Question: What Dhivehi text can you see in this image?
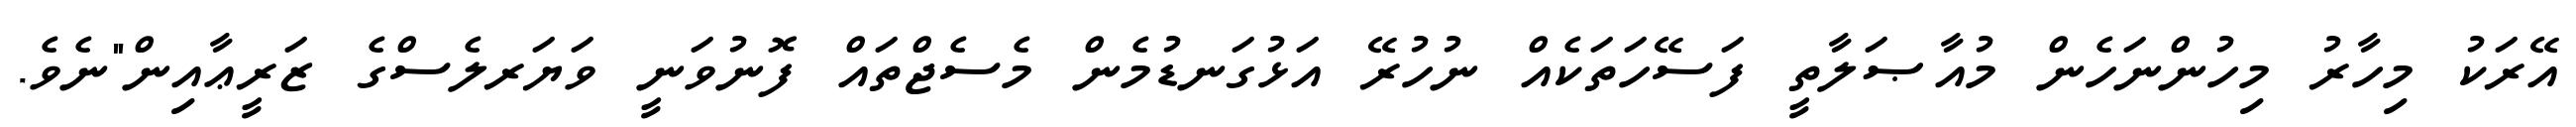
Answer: އޭރަކު މިހާރު މިހުންނަހެން މުއާޞަލާތީ ފަސޭހަތަކެއް ނުހުރޭ އަޅުގަނޑުމެން މެސެޖްތައް ފޮނުވަނީ ވަޔަރލެސްގެ ޒަރީޢާއިން"ނެވެ.